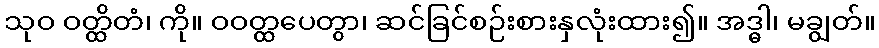
သုဝ ဝတ္ထိတံ၊ ကို။ ဝဝတ္ထပေတွာ၊ ဆင်ခြင်စဉ်းစားနှလုံးထား၍။ အဒ္ဓါ၊ မချွတ်။